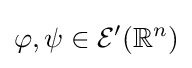
\varphi ,\psi \in {\mathcal {E}}'(\mathbb {R} ^{n})